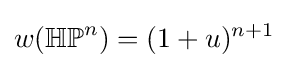
w(\mathbb {HP} ^{n})=(1+u)^{n+1}